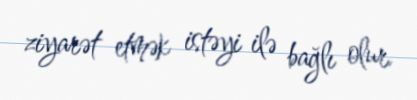
ziyarət etmək istəyi ilə bağlı olur.